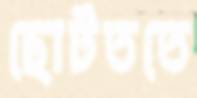
ছোটততে